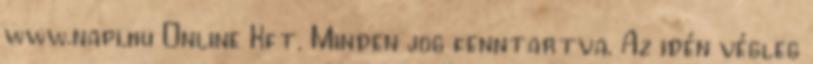
www.napi.hu Online Kft. Minden jog fenntartva. Az idén végleg